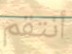
أنتقم